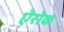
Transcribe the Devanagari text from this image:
ऐरोक